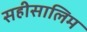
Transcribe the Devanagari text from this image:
सहीसालिम